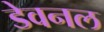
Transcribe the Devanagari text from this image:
डेवनल